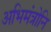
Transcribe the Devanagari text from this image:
अभिमंत्रोनि